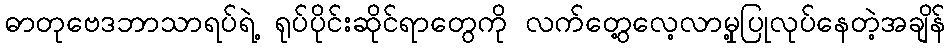
ဓာတုဗေဒဘာသာရပ်ရဲ့ ရုပ်ပိုင်းဆိုင်ရာတွေကို လက်တွေ့လေ့လာမှု့ပြုလုပ်နေတဲ့အချိန်